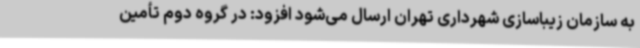
به سازمان زیباسازی شهرداری تهران ارسال می‌شود افزود: در گروه دوم تأمین